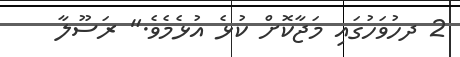
2 ދހުވަހުގައި މަޖާކޮށް ކުޅެ އުޅެމެވެ." ރަސޫލާ